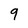
Character: 9